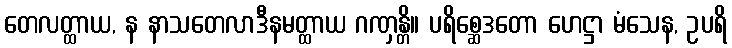
တေလတ္ထာယ, န နာသတေလာဒီနမတ္ထာယ ဂဏှန္တိ။ ပရိစ္ဆေဒတော ဟေဋ္ဌာ မံသေန, ဥပရိ